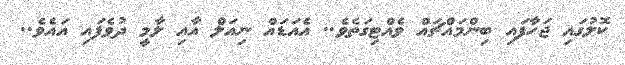
ކޮލުގައި ޖަހާފައި ބިންމައްޗައް ވެއްޓިގަތެވެ.. އެއަޑައް ނިއަލް އާއި ލާމީ ދުވެފައި އައެވެ..